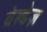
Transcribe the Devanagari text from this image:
वेल्डेज़